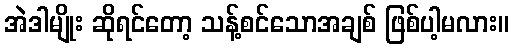
အဲဒါမျိုး ဆိုရင်တော့ သန့်စင်သောအချစ် ဖြစ်ပါ့မလား။